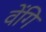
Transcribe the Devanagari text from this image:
वेंगि